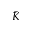
\bar { K }